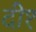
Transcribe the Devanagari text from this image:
दी१